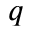
q